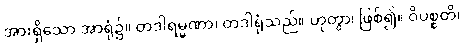
အားရှိသော အာရုံ၌။ တဒါရမ္မဏာ၊ တဒါရုံသည်။ ဟုတွာ၊ ဖြစ်၍။ ဝိပစ္စတိ၊